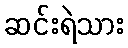
ဆင်းရဲသား